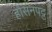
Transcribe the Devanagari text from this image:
होसनपट्ट